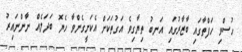
ހުސްވި ހަފްތާގައި ބާޒާރުގައި އަނބު ތިޔާގިވެ އަގުތަކަށް އެކަށީގެންވާ ހެޔޮ ބަދަލެއް ނާންނައިރު